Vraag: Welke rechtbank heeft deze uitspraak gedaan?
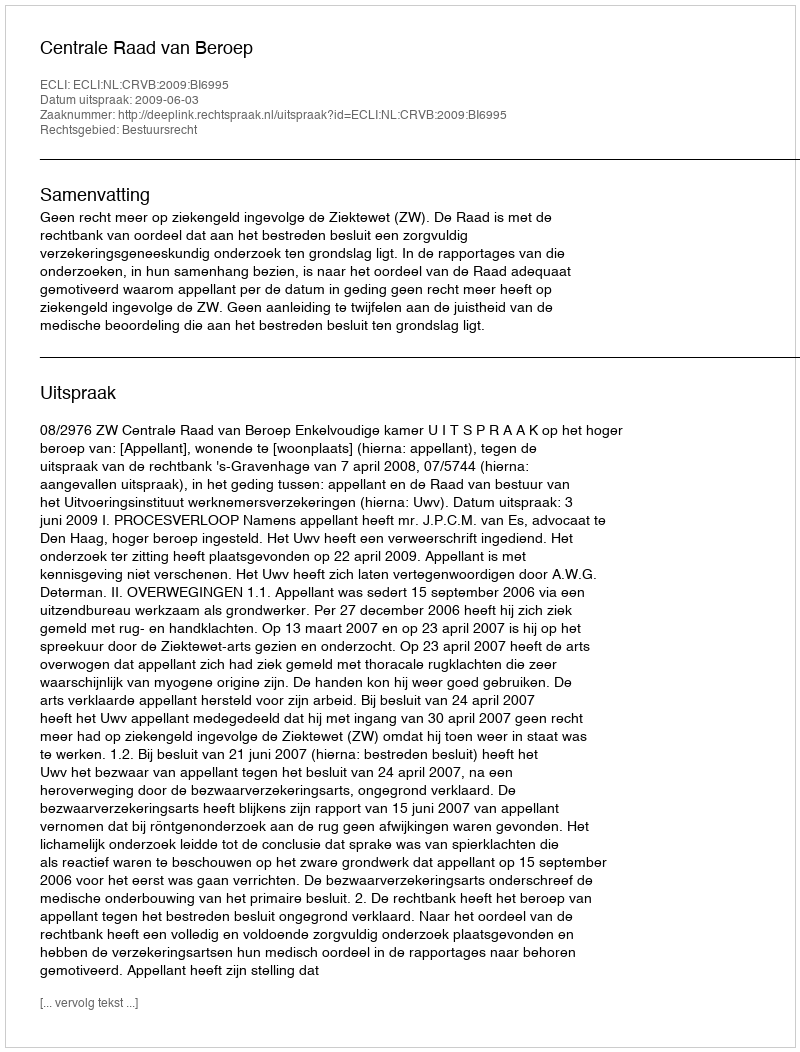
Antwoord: Centrale Raad van Beroep